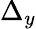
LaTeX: \Delta_{y}